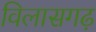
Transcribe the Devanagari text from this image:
विलासगढ़